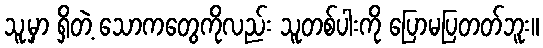
သူ့မှာ ရှိတဲ့ သောကတွေကိုလည်း သူတစ်ပါးကို ပြောမပြတတ်ဘူး။